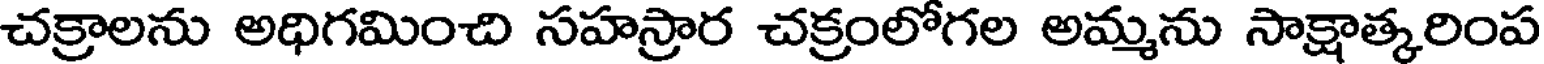
చక్రాలను అధిగమించి సహస్రార చక్రంలోగల అమ్మను సాక్షాత్కరింప